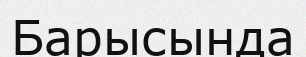
Барысында